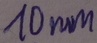
Text: 10mm